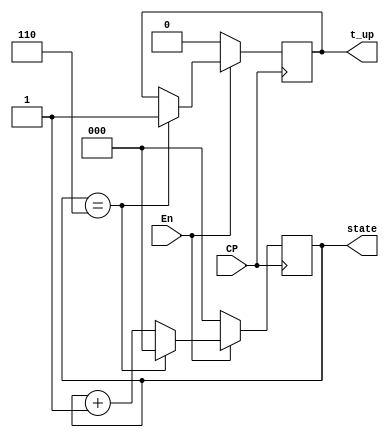
`timescale 1ns / 1ps
//////////////////////////////////////////////////////////////////////////////////
// Company: 
// Engineer: 
// 
// Design Name: 
// Module Name: Countdown
// Project Name: 
// Target Devices: 
// Tool Versions: 
// Description: 
// 
// Dependencies: 
// 
// Revision:
// Revision 0.01 - File Created
// Additional Comments:
// 
//////////////////////////////////////////////////////////////////////////////////

//5s)
//7
module Countdown(
    input CP,
    input En,
    output reg [2:0] state,  //
    output reg t_up
    );
//
initial
begin
    t_up = 1'b0;
    state = 3'b000;
end
always @(posedge CP)
begin
    if(En)  //
    begin
        if(state == 3'b110)
        begin
            t_up = 1'b1;
            state = 3'b000;
        end
        else
            state = state + 3'b001;
    end
    else if(!En)  //
    begin
        t_up = 1'b0;
        state = 3'b000;
    end
end
endmodule